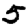
Digit: 5